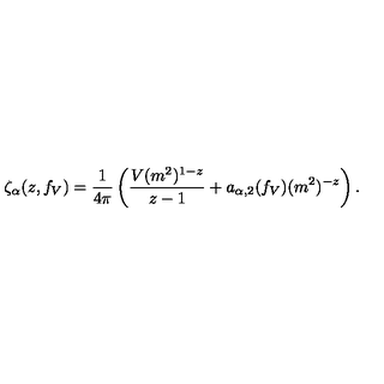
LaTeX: \zeta _ { \alpha } ( z , f _ { V } ) = { \frac { 1 } { 4 \pi } } \left( { \frac { V ( m ^ { 2 } ) ^ { 1 - z } } { z - 1 } } + a _ { \alpha , 2 } ( f _ { V } ) ( m ^ { 2 } ) ^ { - z } \right) .